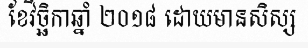
ខែវិច្ឆិកាឆ្នាំ ២០១៨ ដោយមានសិស្ស